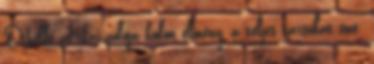
Othello afrikai pólója külön élmény, a teljes társulat éne-